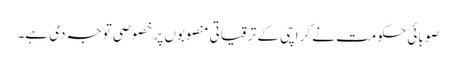
صوبائی حکومت نے کراچی کے ترقیاتی منصوبوں پر خصو صی توجہ دی ہے۔